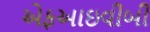
એફઆઇવીબી